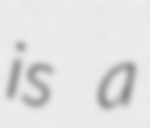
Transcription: is a